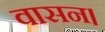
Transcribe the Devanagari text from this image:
वासन।